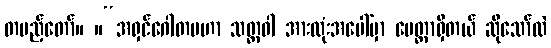
တပည့်တော်။ ။“အရှင်ဂေါတမဟာ သတ္တဝါ အားလုံးအပေါ်မှာ မေတ္တာရှိတယ် ဆိုသော်လဲ